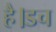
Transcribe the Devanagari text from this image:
है।डच